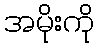
အမိုးကို